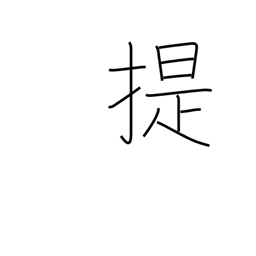
Meaning: take along